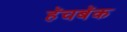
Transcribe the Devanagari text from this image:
हॅचबॅक